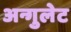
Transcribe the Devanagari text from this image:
अन्गुलेट